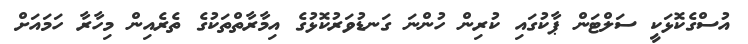
އުސްގެކޮޅަކީ ސަލްޓަން ޕާކުގައި ކުރިން ހުންނަ ގަނޑުވަރުކޮޅުގެ އިމާރާތްތަކުގެ ތެރެއިން މިހާރާ ހަމައަށް